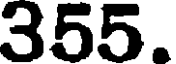
355.